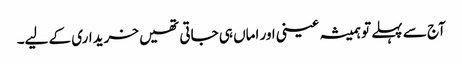
آج سے پہلے تو ہمیشہ عینی اور اماں ہی جاتی تھیں خریداری کے لیے۔